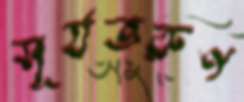
সূর্যতরুণ